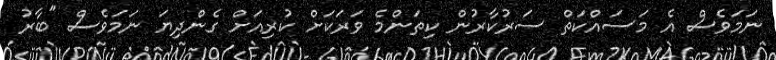
ނަމަވެސް އެ މަސައްކަތް ސަރުކާރުން ކިތަންމެ ވަރަކަށް ކުރިއަށް ގެންދިޔަ ނަމަވެސް "ބާރު